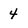
Character: 4